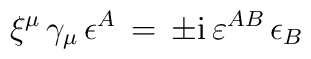
\xi^\mu \,\gamma_\mu \, \epsilon^A \, = \, \pm \mbox{i} \, \varepsilon ^{AB} \,\epsilon_B